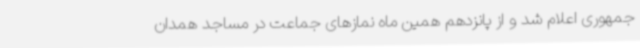
جمهوری اعلام شد و از پانزدهم همین ماه نمازهای جماعت در مساجد همدان